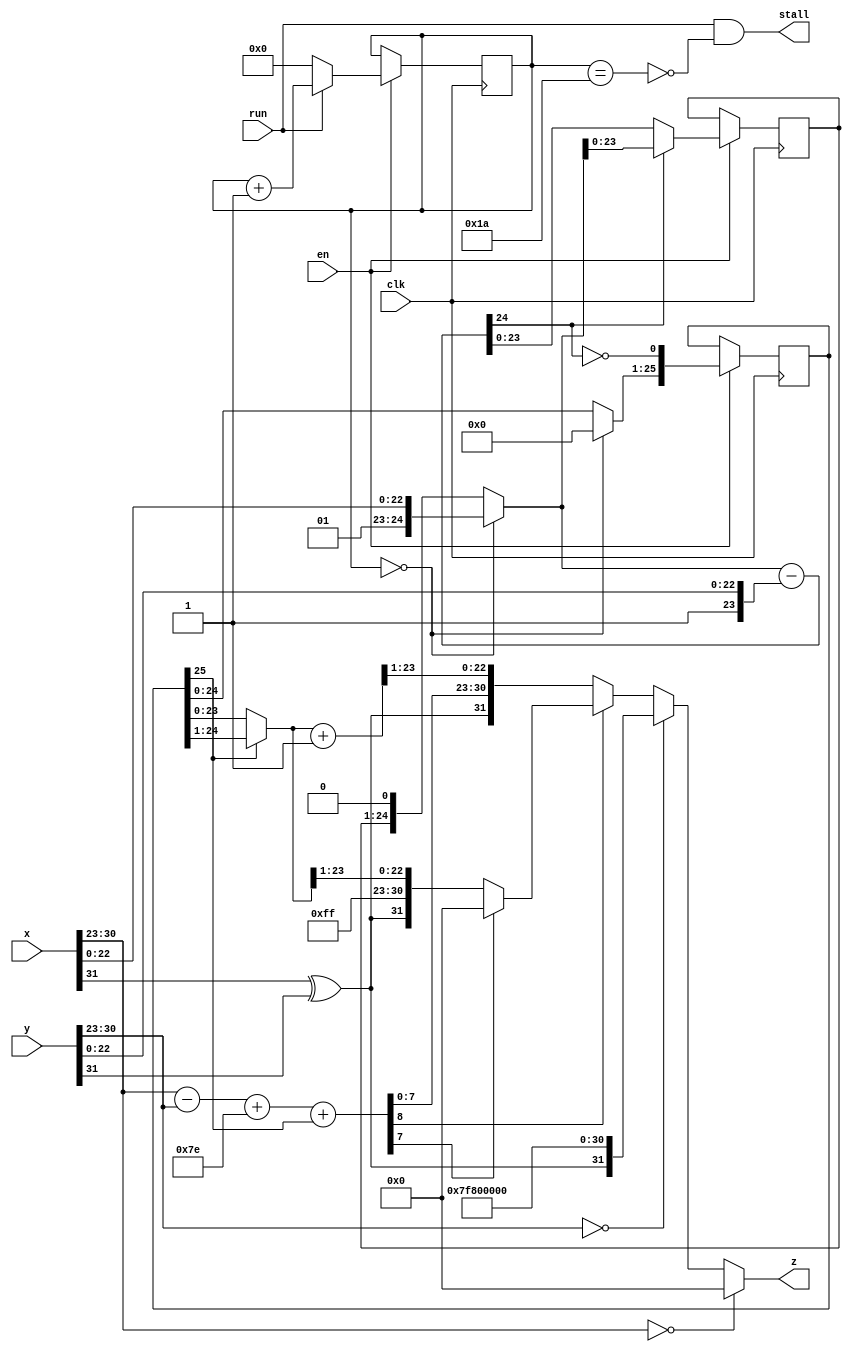
`timescale 1ns / 1ps   // NW 16.9.2016

// 2023-05: add 'en' input signal, default_nettype none

`default_nettype none

module FPDivider (
    input wire clk, run,
    input wire en,
    input wire [31:0] x,
    input wire [31:0] y,
    output wire stall,
    output wire [31:0] z
  );

reg [4:0] S;  // state
reg [23:0] R;
reg [25:0] Q;

wire sign;
wire [7:0] xe, ye;
wire [8:0] e0, e1;
wire [24:0] r0, r1, d;
wire [25:0] q0;
wire [24:0] z0, z1;

assign sign = x[31]^y[31];
assign xe = x[30:23];
assign ye = y[30:23];
assign e0 = {1'b0, xe} - {1'b0, ye};
assign e1 = e0 + 126 + Q[25];
assign stall = run & ~(S == 26);

assign r0 = (S == 0) ? {2'b01, x[22:0]} : {R, 1'b0};
assign r1 = d[24] ? r0 : d;
assign d = r0 - {2'b01, y[22:0]};
assign q0 = (S == 0) ? 0 : Q;

assign z0 = Q[25] ? Q[25:1] : Q[24:0];
assign z1 = z0 + 1;
assign z = (xe == 0) ? 0 :
  (ye == 0) ? {sign, 8'b11111111, 23'b0} :  // div by 0
  (~e1[8]) ? {sign, e1[7:0], z1[23:1]} :
  (~e1[7]) ? {sign, 8'b11111111, z0[23:1]} : 0;  // NaN

always @ (posedge(clk)) begin
  if (en) begin
    R <= r1[23:0];
    Q <= {q0[24:0], ~d[24]};
    S <= run ? S+1 : 0;
  end
end
endmodule

`resetall